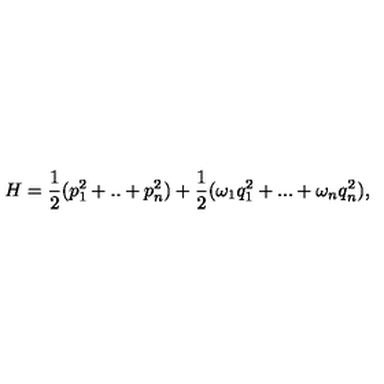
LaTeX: H = \frac { 1 } { 2 } ( p _ { 1 } ^ { 2 } + . . + p _ { n } ^ { 2 } ) + \frac { 1 } { 2 } ( \omega _ { 1 } q _ { 1 } ^ { 2 } + . . . + \omega _ { n } q _ { n } ^ { 2 } ) ,